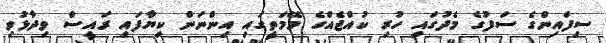
ސިފައިންގެ ސަފުގެ މެދުގައި ހުރި ކުއްޖެއްގެ މޭމަތީގައި އިންނަން ކިޔާފައި ރައީސް ވިދާޅުވި